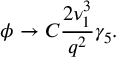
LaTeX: \phi \rightarrow C \frac { 2 \nu _ { 1 } ^ { 3 } } { q ^ { 2 } } \gamma _ { 5 } .